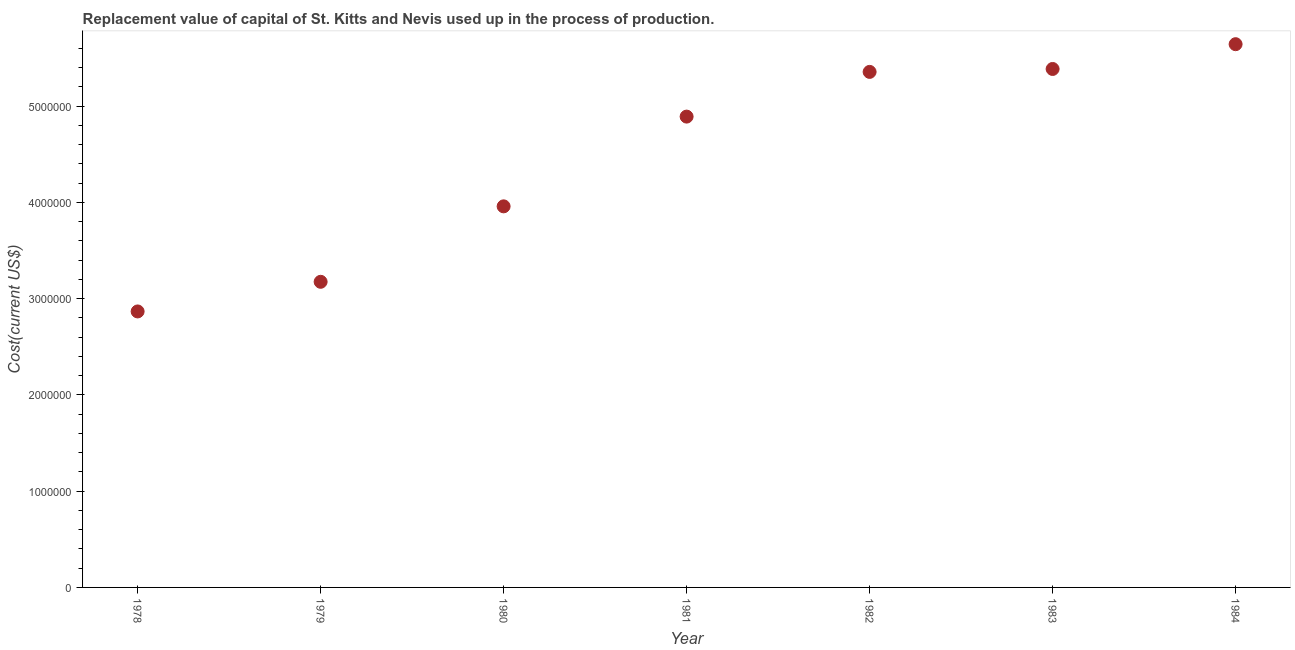
| Year | Consumption of fixed capital |
 | --- | --- |
 | 1978 | 2.87e+06 |
 | 1979 | 3.17e+06 |
 | 1980 | 3.96e+06 |
 | 1981 | 4.89e+06 |
 | 1982 | 5.35e+06 |
 | 1983 | 5.39e+06 |
 | 1984 | 5.64e+06 |